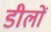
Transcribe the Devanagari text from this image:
डीलों